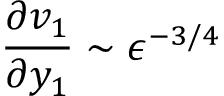
\frac { \partial v _ { 1 } } { \partial y _ { 1 } } \sim \epsilon ^ { - 3 / 4 }